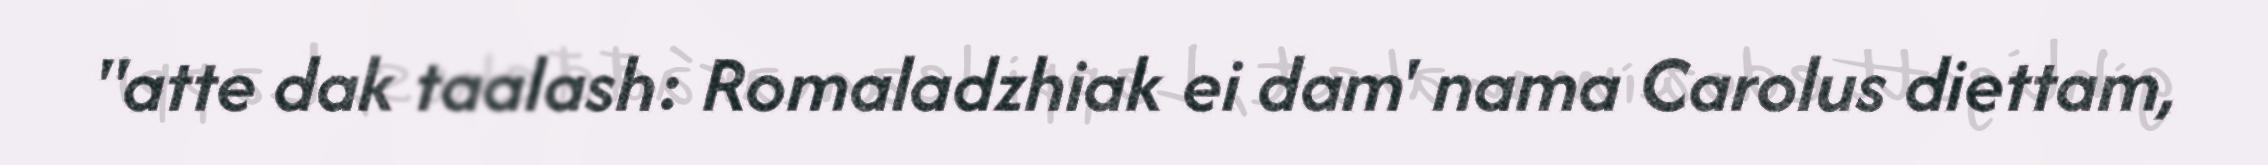
"atte dak taalash: Romaladzhiak ei dam' nama Carolus diettam,